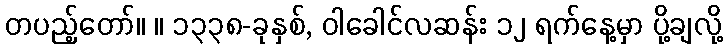
တပည့်တော်။ ။ ၁၃၃၈-ခုနှစ်, ဝါခေါင်လဆန်း ၁၂ ရက်နေ့မှာ ပို့ချလို့